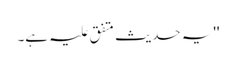
'' یہ حدیث متفق علیہ ہے۔